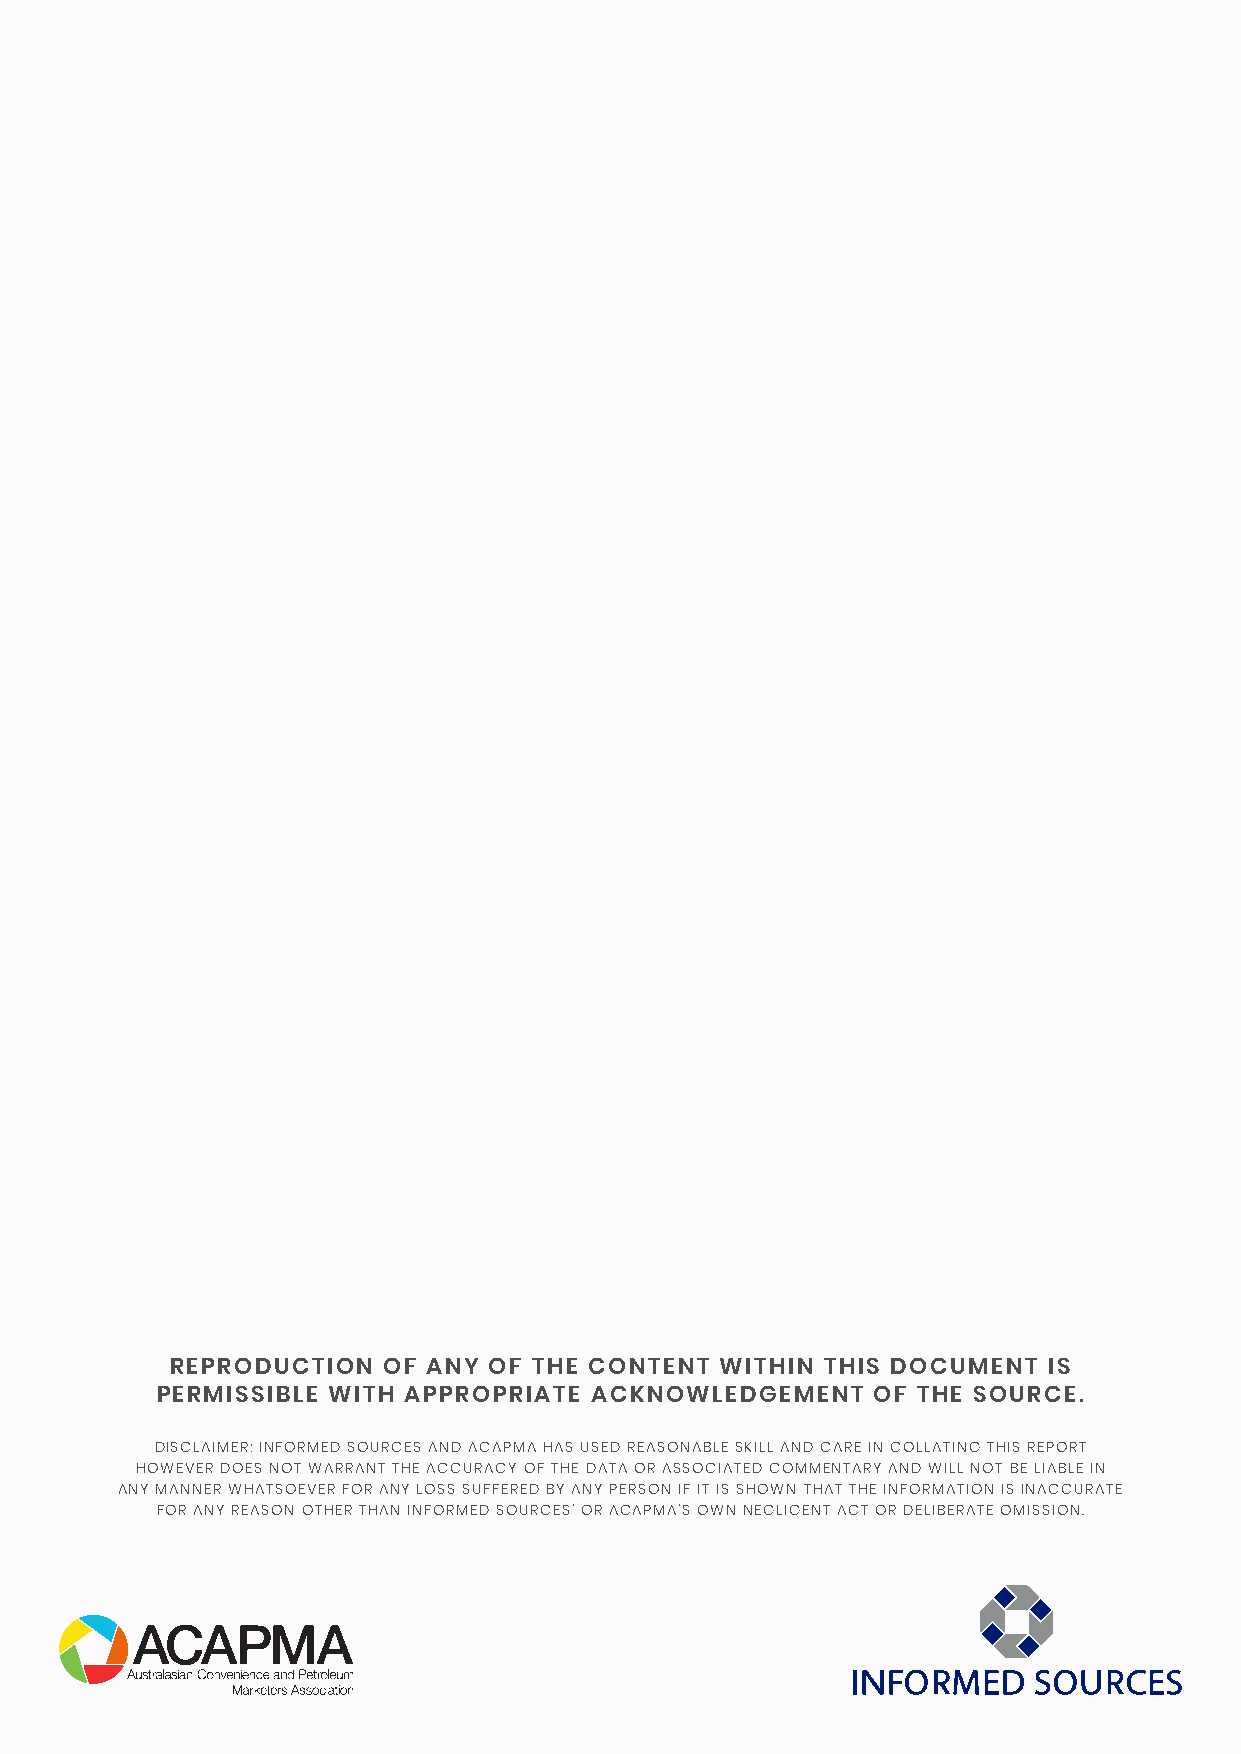
REPRODUCTION  OF ANY OF THE CONTENT  WITHIN THIS DOCUMENT IS
 PERMISSIBLE WITH APPROPRIATE ACKNOWLEDGEMENT    OF THE SOURCE.
 DISCLAIMER: INFORMED SOURCES AND ACAPMA HAS USED REASONABLE SKILL AND CARE IN COLLATING THIS REPORT
 HOWEVER DOES NOT WARRANT THE ACCURACY OF THE DATA OR ASSOCIATED COMMENTARY AND WILL NOT BE LIABLE IN
 ANY MANNER WHATSOEVER FOR ANY LOSS SUFFERED BY ANY PERSON IF IT IS SHOWN THAT THE INFORMATION IS INACCURATE
 FOR ANY REASON OTHER THAN INFORMED SOURCES’ OR ACAPMA’S OWN NEGLIGENT ACT OR DELIBERATE OMISSION.